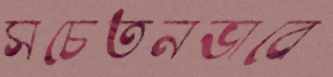
সচেতনভাবে